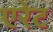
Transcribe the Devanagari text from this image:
एरेट